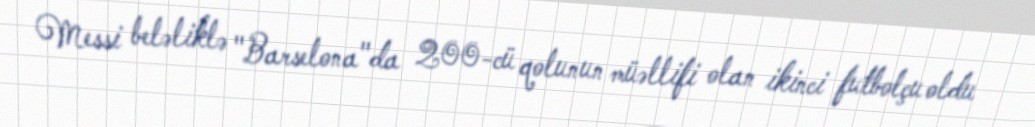
Messi beləliklə "Barselona"da 200-cü qolunun müəllifi olan ikinci futbolçu oldu